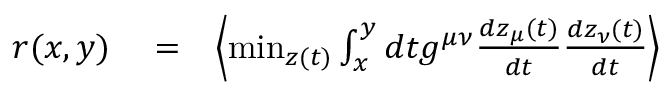
\begin{array} { r l r } { r ( x , y ) } & { { } = } & { \left\langle \operatorname* { m i n } _ { z ( t ) } \int _ { x } ^ { y } d t g ^ { \mu \nu } \frac { d z _ { \mu } ( t ) } { d t } \frac { d z _ { \nu } ( t ) } { d t } \right\rangle } \end{array}